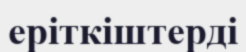
еріткіштерді